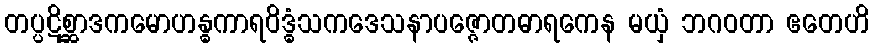
တပ္ပဋိစ္ဆာဒကမောဟန္ဓကာရဝိဒ္ဓံသကဒေသနာပဇ္ဇောတဓာရကေန မယှံ ဘဂဝတာ ဧတေဟိ